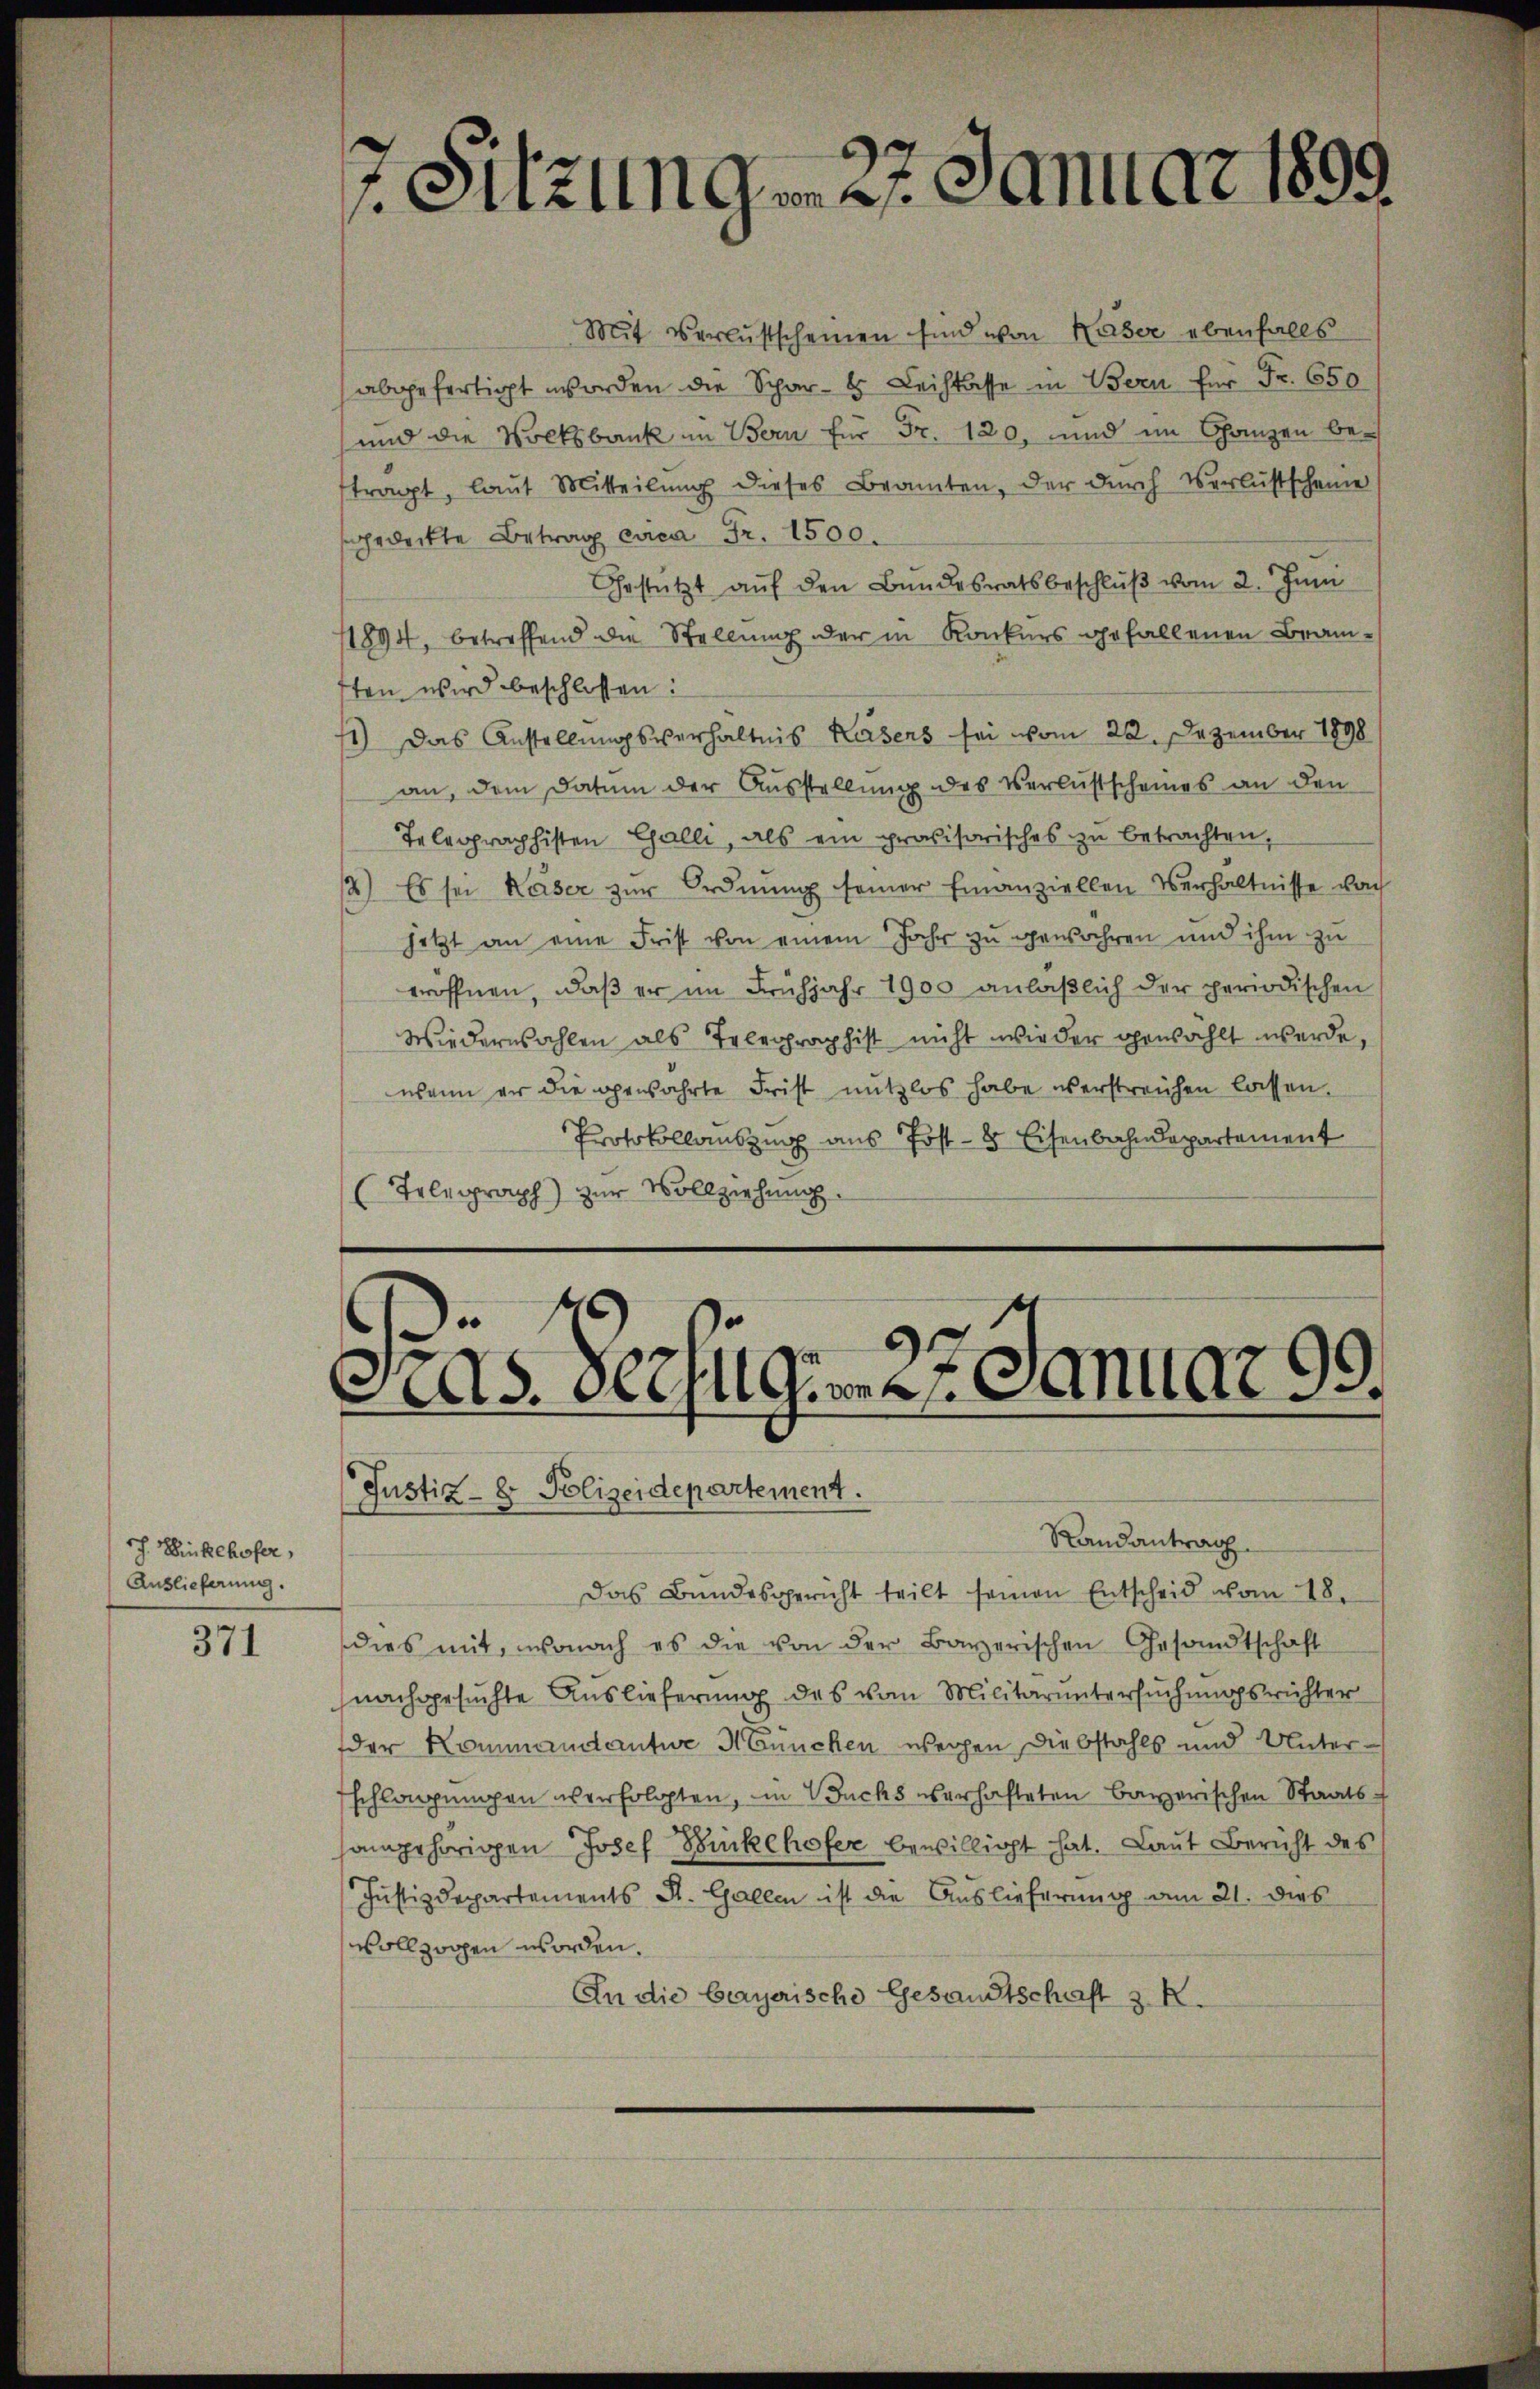
rch. Einkhofer,
Auslieferung.

371

7 Sitzungen 27. Januar 1899

Mit Verlustscheinen sind von Kaser ebenfalls
abgefertigt worden die Schar- Leihkasse in Bern für Fr. 650
und die Volksbank in Bern für Fr. 120, und im Ganzen betragt, laut Mitteilŭng dieses Branten, der dŭrch Verlustscheine
sgedeckte Betrag circa Fr. 1500.
Gestützt auf den Bundesratsbeschlŭβ vom 2. Juni
11894, betreffend die Stellung der in Konkurs gefallenen Branften wird beschlossen:
1) Das Anstellungsverhältnis Kasers sei vom 22. Dezember 1898
an, dem Datum der Ausstellung des Verlustscheines an den
Telegraphisten Galli, als ein provisorisches zu betrachten,
12.) Es sei Kaser zur Ordnung seiner Emanziellen Verhältnisse vor
jetzt an eine Frist von einem Jahr zu gewahren und ihm zu
eröffnen, daß er im Frühjahr 1900 anläßlich der periodischen
Wiederwahlen als Telegraphist nicht wieder gewählt werde,
wann er die gewährte Frist nutzlos habe verstreichen lassen.
Protokollauszug aus Post- 8 Eisenbahndepartement
(Telegraph) zur Vollziehung.

9
As. Beifügen 2. Januar 99.

Justiz- & Polizeidepartement.
Randantrag.
Das Bundesgericht teilt seinen Entscheid vom 18.
dies mit, wonach es die von der Bayerischen Gesandtschaft
nachgesuchte Auslieferung des vom Militaruntersuchungsrichter
der Kommandantur München wegen Diebstahls und Unterschlagungen verfolgten, in Wuchs verhafteten Bayerischen Staats-
sangehörigen Josef Winkehofer bewilligt hat. Laut Bericht des
Justizdepartements St. Gallen ist die Auslieferung am 21. dies
vollzogen worden.
An die bayerische Gesandtschaft z. R.